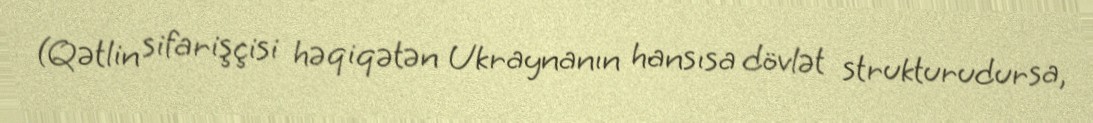
(Qətlin sifarişçisi həqiqətən Ukraynanın hansısa dövlət strukturudursa,